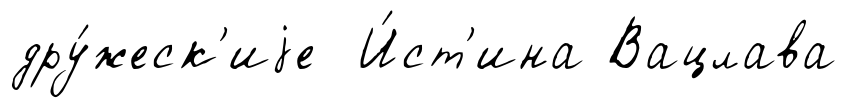
дру́жеск'иjе И́ст'ина Вацлава